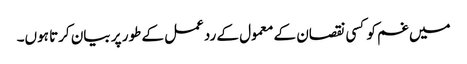
میں غم کو کسی نقصان کے معمول کے ردعمل کے طور پر بیان کرتا ہوں۔